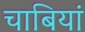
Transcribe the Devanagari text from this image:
चाबियां